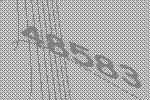
48583